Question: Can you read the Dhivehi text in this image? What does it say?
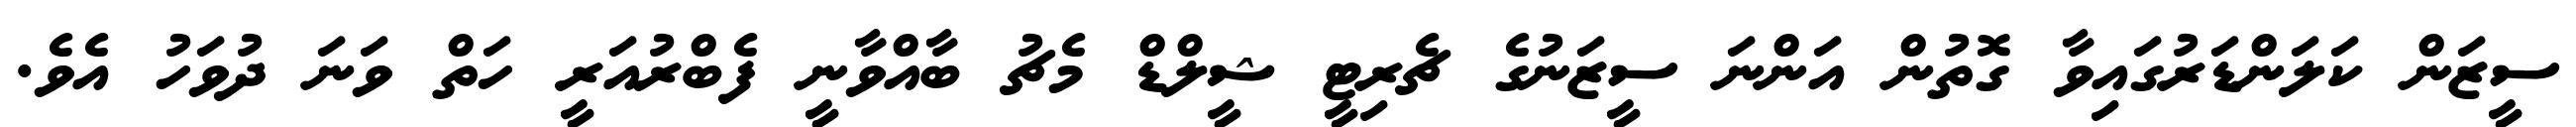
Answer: ސީޒަން ކަލަންޑަރުގައިވާ ގޮތުން އަންނަ ސީޒަނުގެ ޗެރިޓީ ޝީލްޑް މެޗު ބާއްވާނީ ފެބްރުއަރީ ހަތް ވަނަ ދުވަހު އެވެ.